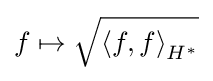
f\mapsto {\sqrt {\left\langle f,f\right\rangle _{H^{*}}}}